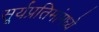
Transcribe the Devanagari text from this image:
सूर्यप्रतिमांमध्ये